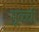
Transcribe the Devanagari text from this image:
मूळ्ची